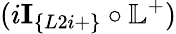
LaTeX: (i\textbf{I}_{\{ L2i+\} }\circ\mathbb{L}^{+})